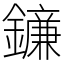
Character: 䥥